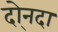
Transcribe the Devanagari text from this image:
दो्नदा